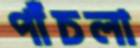
পাঁচলা